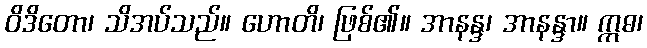
ဝိဒိတော၊ သိအပ်သည်။ ဟောတိ၊ ဖြစ်၏။ အာနန္ဒ၊ အာနန္ဒာ။ ဣဓ၊